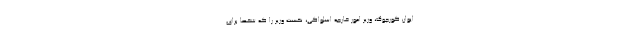
ایوان کورچوک، وزیر امور خارجه اسلواکی، نخست وزیر را که شخصاً برای